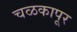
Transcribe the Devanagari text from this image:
चळकापूर